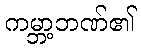
ကမ္ဘာ့ဘဏ်၏